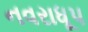
નવરાધૂપ